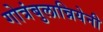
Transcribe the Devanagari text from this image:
गोत्रंबुलान्नियेनी